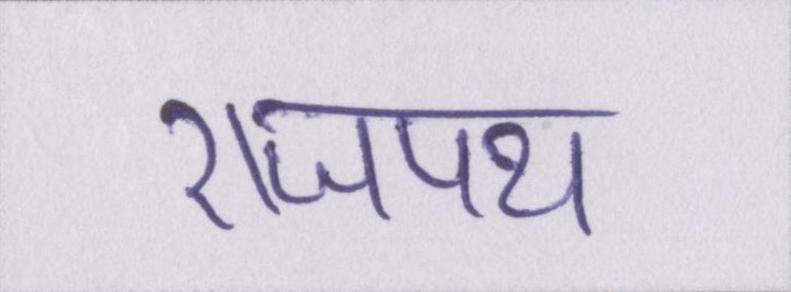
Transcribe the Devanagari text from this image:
राजपथ